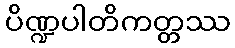
ပိဏ္ဍပါတိကတ္တဿ